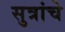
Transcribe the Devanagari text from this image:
सुत्रांचे